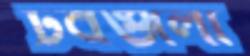
টবগুলো